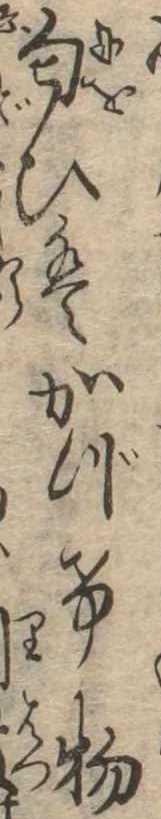
匂ひはかづけ物